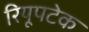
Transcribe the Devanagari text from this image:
रियूपटेक